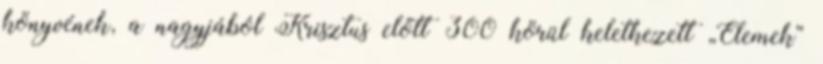
könyvének, a nagyjából Krisztus előtt 300 körül keletkezett „Elemek”